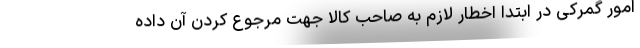
امور گمرکی در ابتدا اخطار لازم به صاحب کالا جهت مرجوع کردن آن داده